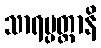
သာရပ္ပတ္တာနိ